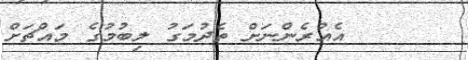
އެއުރެންނަށް ތެދުމަގު ލިބުމުގެ މައްޗަށް